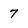
Character: 7